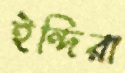
ইন্দিরা